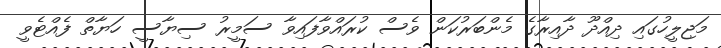
މަޖިލީހުގައި ދިއްދޫ ދާއިރާގެ މެންބަރުކަން ވެސް ކުރައްވާފައިވާ ސަމީރު ސިޔާސީ ހަޔާތް ފެއްޓެވީ